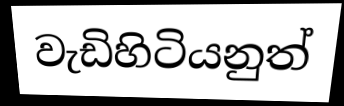
වැඩිහිටියනුත්